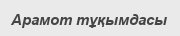
Арамот тұқымдасы